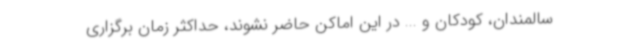
سالمندان، کودکان و ... در این اماکن حاضر نشوند، حداکثر زمان برگزاری